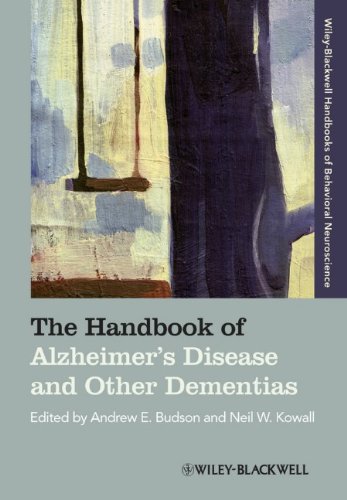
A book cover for The Handbook of Alzheimer's Disease and Other Dementias; Health, Fitness & Dieting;